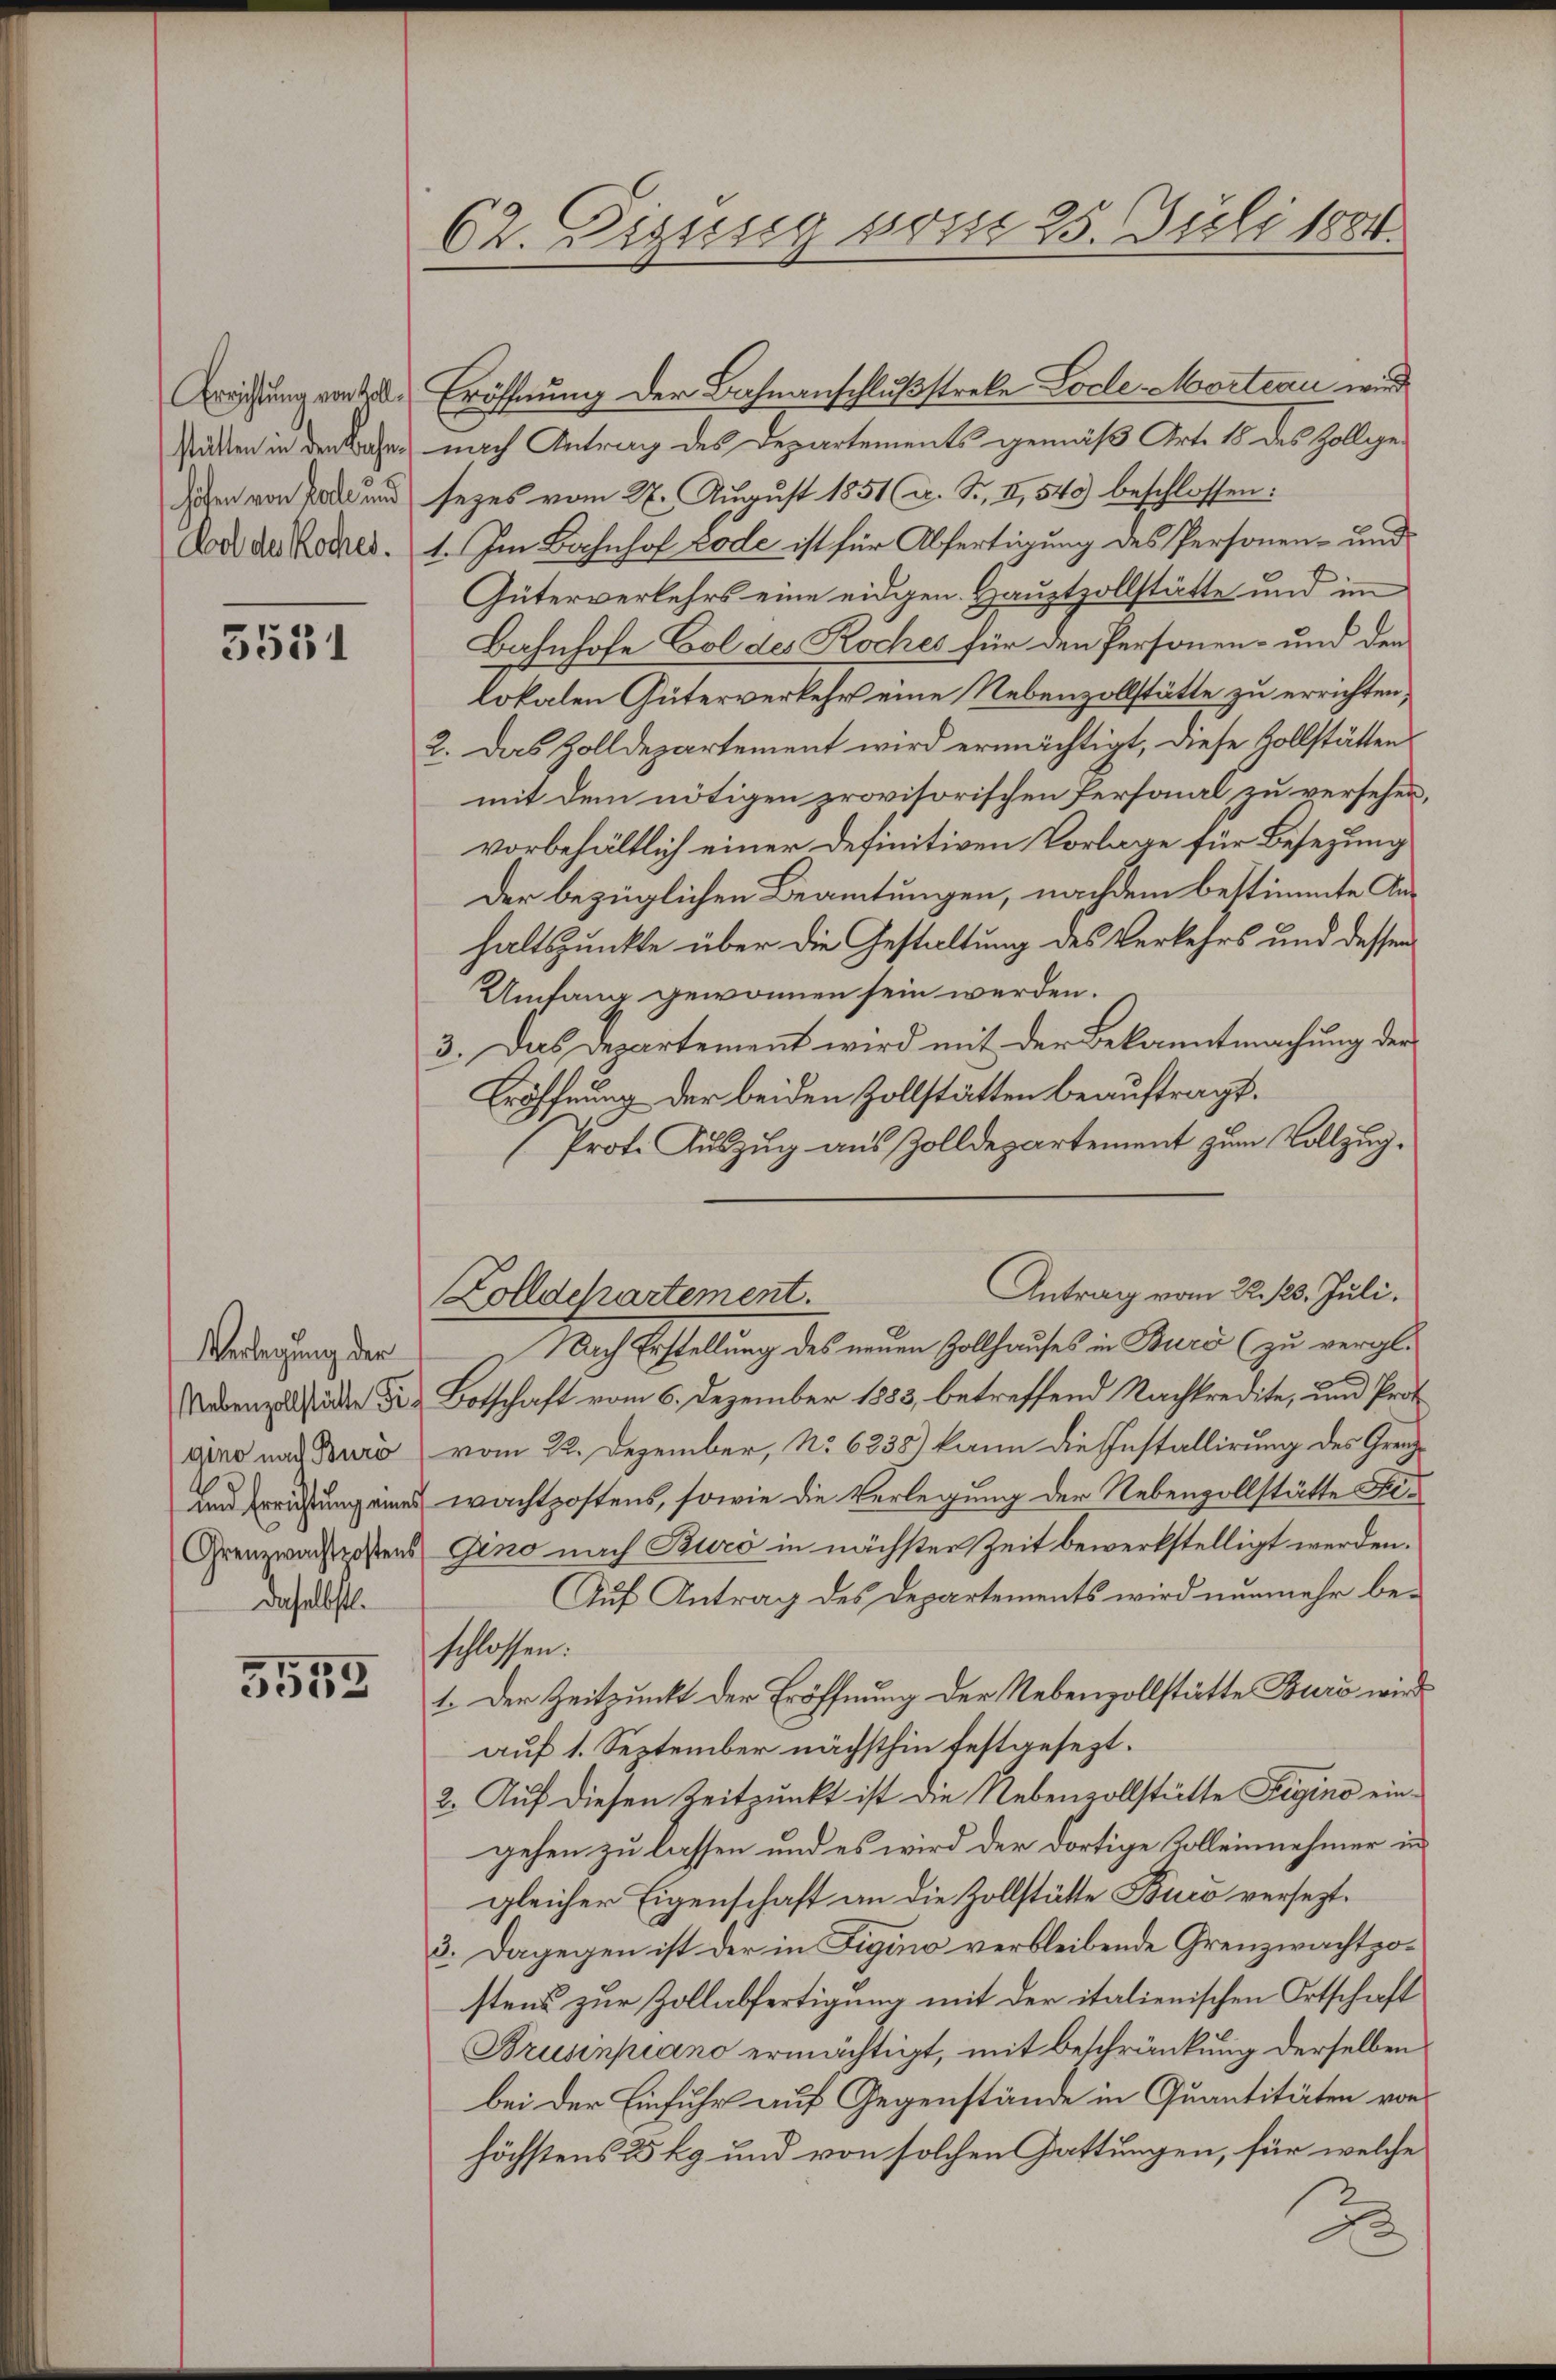
Errichtung von Zollstätten in den Bachen
höfen von Falle und
Wol des Koches.

5531

Verlegung der
Nebenzollstätte Figino nach Buró
und Errichtung eines
Grenzwachtpostens
daselbst.

5552

62. Digusig vom 25. Juli 1884.

Eröffnung der Bahnanschlußstrebe Lode-Mortern wird
nach Antrag des Departements gemäß Art. 18 des Zollgesezes vom 27. August 1851 (a. S., II, 540 beschlossen:
1. Im Bahnhof Lode ist für Abfertigung des Personen- und
Güterverkehrs eine eidgen. Hauptzollstätte und imm
Bahnhofe Col des Roches für den Personen- und den
lokalen Güterverkehr eine Nebenzollstätte zu errichten;
2. Das Zolldepartement wird ermächtigt, diese Zollstätten
mit dem nötigen provisorischen Personal zu versehen.
vorbehältlich einer definitiven Vorlage für Besezung
Der bezüglichen Beamtungen, nachdem bestimmte Ans
haltspunkte über die Gestaltung des Verkehrs und dessen
Umfang gewonnen sein werden.
3. Das Departement wird mit der Bekanntmachung der
Eröffnung der beiden Zollstätten beauftragt.
Prot. Auszug aus Zolldepartement zum Vollzug¬
Zolldchartement.
Nach Erstellung des neuen Zollhauses in Burd (zu vergl.
Botschaft vom 6. Dezember 1883, betreffend Nachkredite, und Prot
vom 22. Dezember, No 6838) kann die Installirung des Grenzwachtpostens, sowie die Verlegung der Nebenvollstätte Fi¬
Gino nach Buro in nächster Zeit bewerkstelligt werden.
Auf Antrag des Departements wird nunmehr beschlossen:
1. Der Zeitpunkt der Eröffnung der Nebenzollstätte Buri wird
auf 1. September nächsthin festgesezt.
2. Auf diesen Zeitpunkt ist die Nebenvollstätte Feigino eingehen zu lassen und es wird der dortige Kolleinnehmer in
gleicher Eigenschaft an die Zollstätte Buco versezt¬
3. Dagegen ist der in Figino verbleibende Grenzwachtpostens zur Zollabfertigung mit der italienischen Ortschaft
Brusinpiano ermächtigt, mit Beschränkung derselben
bei der Einfuhr auf Gegenstände in Quantitäten von
höchstens 25 kg und von solchen Gattungen, für welche

Antrag vom 22. 128. Juli.

d